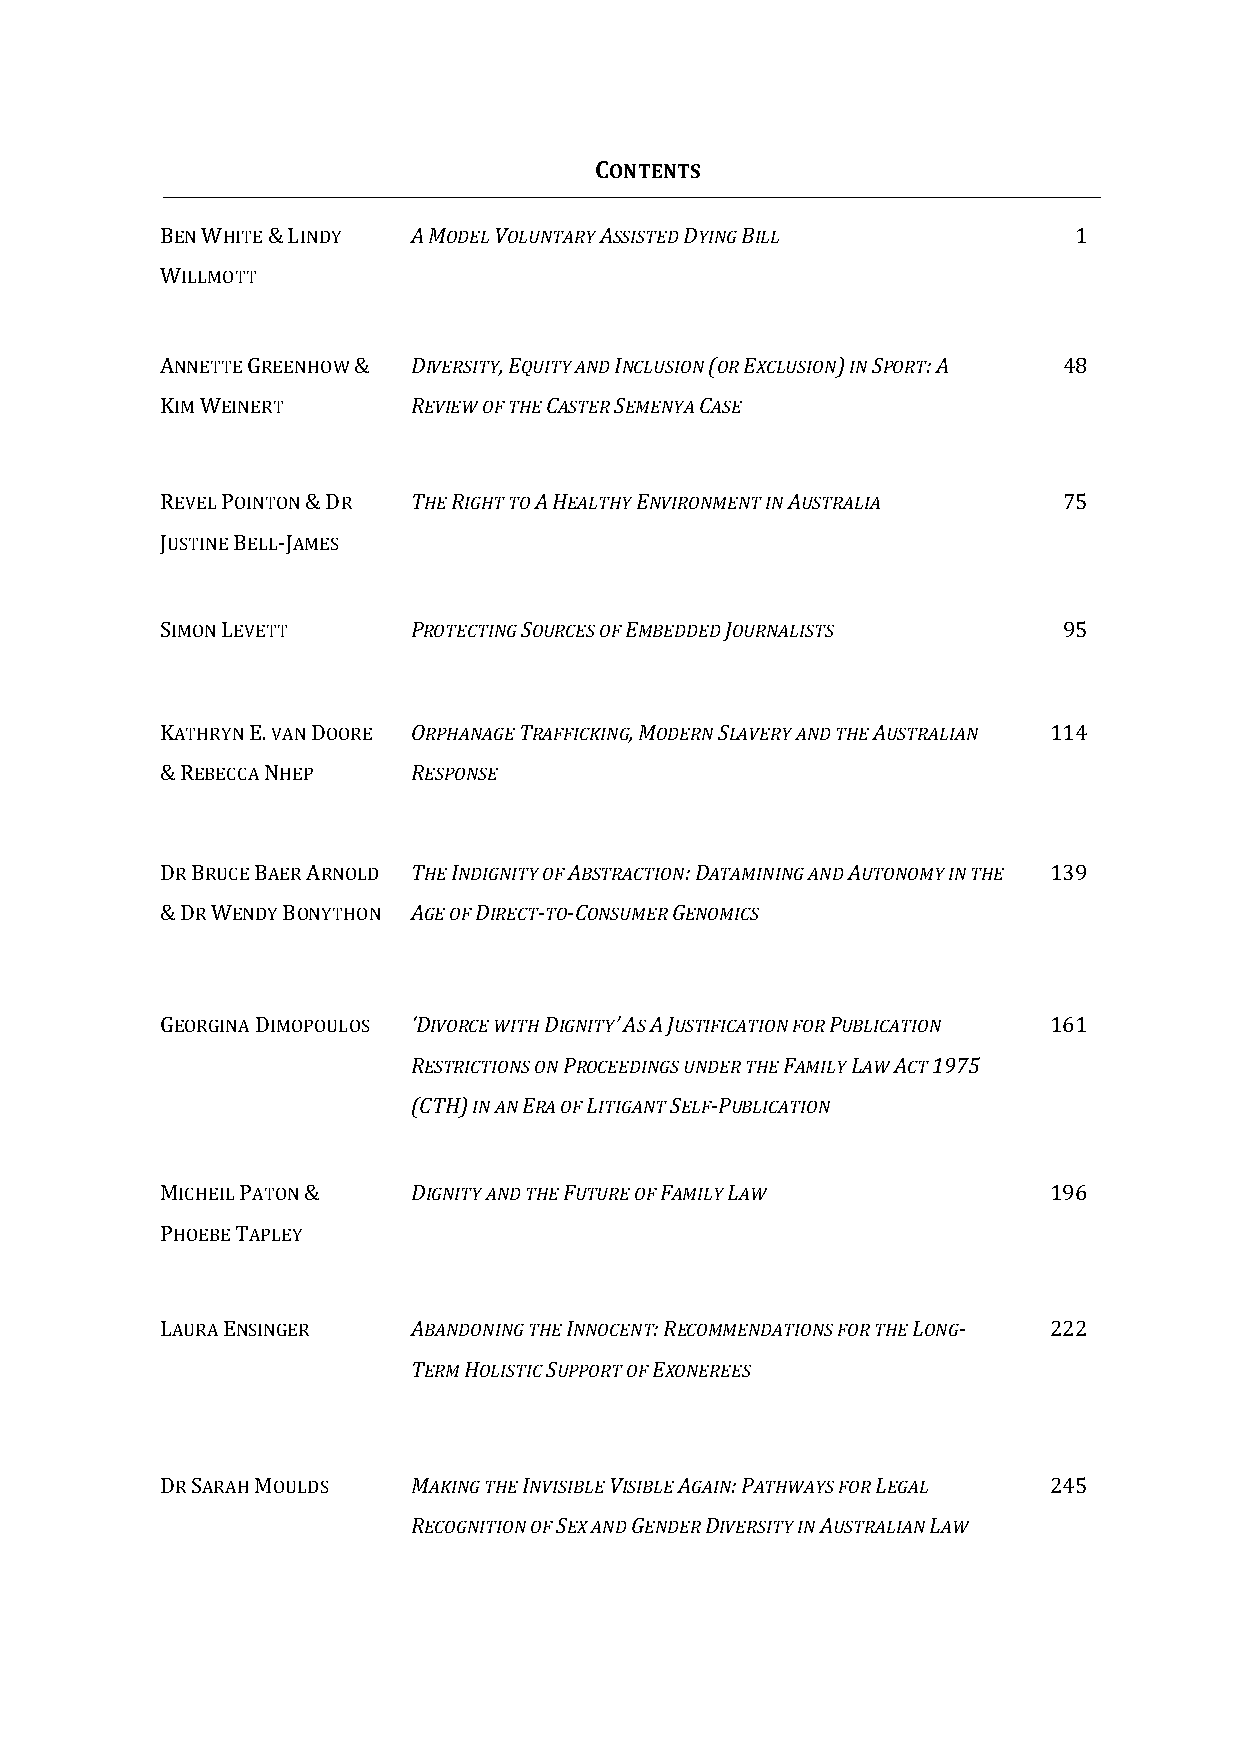
CONTENTS
 BEN WHITE & LINDY A MODEL VOLUNTARY ASSISTED DYING BILL     1
 WILLMOTT
 ANNETTE GREENHOW & DIVERSITY, EQUITY AND INCLUSION (OR EXCLUSION) IN SPORT: A 48
 KIM WEINERT     REVIEW OF THE CASTER SEMENYA CASE
 REVEL POINTON & DR THE RIGHT TO A HEALTHY ENVIRONMENT IN AUSTRALIA 75
 JUSTINE BELL-JAMES
 SIMON LEVETT    PROTECTING SOURCES OF EMBEDDED JOURNALISTS 95
 KATHRYN E. VAN DOORE ORPHANAGE TRAFFICKING, MODERN SLAVERY AND THE AUSTRALIAN 114
 & REBECCA NHEP  RESPONSE
 DR BRUCE BAER ARNOLD THE INDIGNITY OF ABSTRACTION: DATAMINING AND AUTONOMY IN THE 139
 & DR WENDY BONYTHON AGE OF DIRECT-TO-CONSUMER GENOMICS
 GEORGINA DIMOPOULOS ‘DIVORCE WITH DIGNITY’ AS A JUSTIFICATION FOR PUBLICATION 161
 RESTRICTIONS ON PROCEEDINGS UNDER THE FAMILY LAW ACT 1975
 (CTH) IN AN ERA OF LITIGANT SELF-PUBLICATION
 MICHEIL PATON & DIGNITY AND THE FUTURE OF FAMILY LAW      196
 PHOEBE TAPLEY
 LAURA ENSINGER  ABANDONING THE INNOCENT: RECOMMENDATIONS FOR THE LONG- 222
 TERM HOLISTIC SUPPORT OF EXONEREES
 DR SARAH MOULDS MAKING THE INVISIBLE VISIBLE AGAIN: PATHWAYS FOR LEGAL 245
 RECOGNITION OF SEX AND GENDER DIVERSITY IN AUSTRALIAN LAW